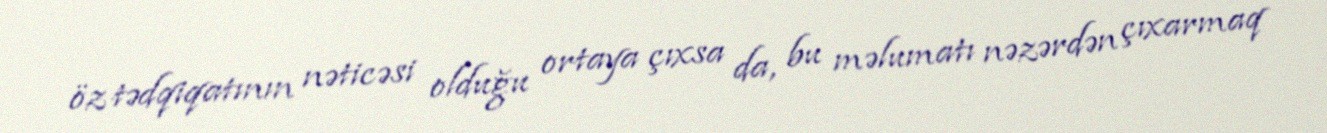
öz tədqiqatının nəticəsi olduğu ortaya çıxsa da, bu məlumatı nəzərdən çıxarmaq